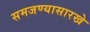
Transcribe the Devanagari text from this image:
समजण्यासारखे